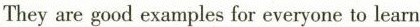
They are good examples for everyone to learn